Report of the Municipal Commissioner on the plague in Bombay for the year ending 31st May... - Volume 1
Disease focus: Plague
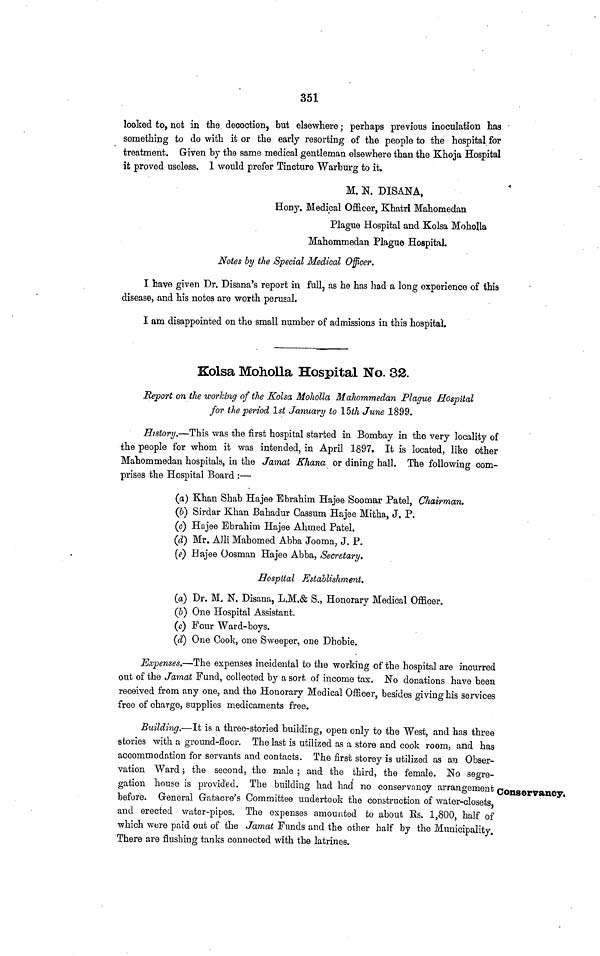
351
looked to, not in the decoction, but elsewhere; perhaps previous inoculation has
something to do with it or the early resorting of the people to the hospital for
treatment. Given by the same medical gentleman elsewhere than the Khoja Hospital
it proved useless. 1 would prefer Tincture Warburg to it.
M. N. DISANA,
Hony. Medical Officer, Khatri Mahomedan
Plague Hospital and Kolsa Moholla
Mahommedan Plague Hospital.
Notes by the Special Medical Officer.
I have given Dr. Disana's report in full, as he has had a long experience of this
disease, and his notes are worth perusal.
I am disappointed on the small number of admissions in this hospital.
Kolsa Moholla Hospital No. 32.
Report on the working of the Kolsa Moholla Mahommedan Plague Hospital
for the period 1st January to 15th June 1899.
History.—This was the first hospital started in Bombay in the very locality of
the people for whom it was intended, in April 1897. It is located, like other
Mahommedan hospitals, in the Jamat Khana or dining hall. The following com-
prises the Hospital Board :—
(a) Khan Shab Hajee Ebrahim Hajee Soomar Patel, Chairman.
(b) Sirdar Khan Bahadur Cassum Hajee Mitha, J. P.
(c) Hajee Ebrahim Hajee Ahmed Patel.
(d) Mr. AJli Mahomed Abba Jooina, J. P.
(e) Hajee Oosman Hajee Abba, Secretary»
Hospital Establishment.
(a) Dr. M, N. Disana, L.M.& S., Honorary Medical Officer.
(b) One Hospital Assistant.
(c) Four Ward-boys.
(d) One Cook, one Sweeper, one Dhobie.
Expenses.—The expenses incidental to the working of the hospital are incurred
out of the Jamat Fund, collected by a sort of income tax. No donations have been
received from any one, and the Honorary Medical Officer, besides giving his services
free of charge, supplies medicaments free.
Conservancy.
Building.—It is a three-storied building, open only to the West, and has three
stories with a ground-floor. The last is utilized as a store and cook room, and has
accommodation for servants and contacts. The first storey is utilized as an Obser-
vation Ward; the second, the male ; and the third, the female. No segre-
gation house is provided. The building had had no conservancy arrangement
before. General Gatacre's Committee undertook the construction of water-closets
and erected water-pipes. The expenses amounted to about Es. 1,800, half of
which were paid out of the Jamat Funds and the other half by the Municipality.
There are flushing tanks connected with the latrines.